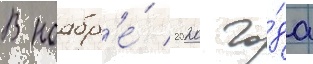
В ноабр'е́ 2020 го́да